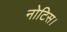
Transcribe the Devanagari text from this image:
नोटिस।